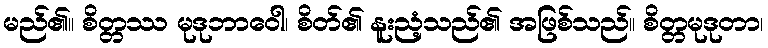
မည်၏။ စိတ္တဿ မုဒုဘာဝေါ၊ စိတ်၏ နူးညံ့သည်၏ အဖြစ်သည်။ စိတ္တမုဒုတာ၊